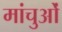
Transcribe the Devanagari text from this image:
मांचुओं